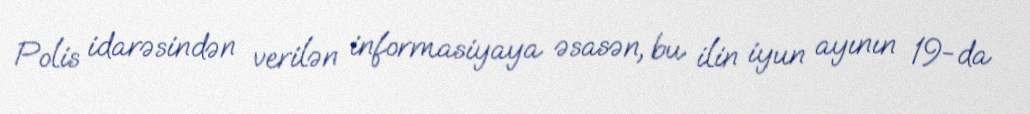
Polis idarəsindən verilən informasiyaya əsasən, bu ilin iyun ayının 19-da